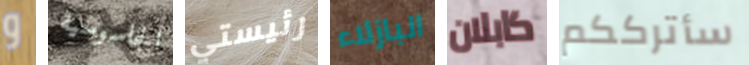
و الجاسوسية رئيستي البازلاء كابلان سأترككم